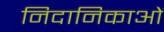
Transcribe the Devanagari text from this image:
निदानिकाओं